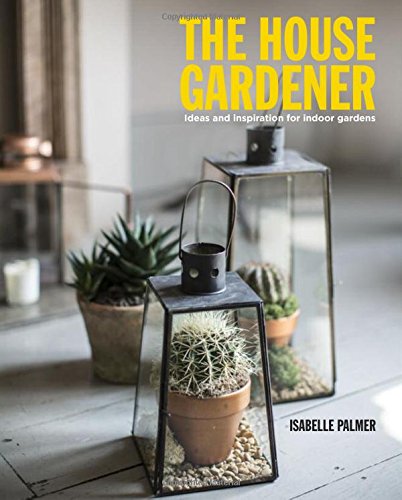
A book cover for The House Gardener; Isabelle Palmer; Crafts, Hobbies & Home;